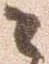
々